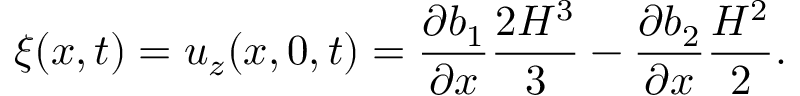
\xi ( x , t ) = u _ { z } ( x , 0 , t ) = \frac { \partial b _ { 1 } } { \partial x } \frac { 2 H ^ { 3 } } { 3 } - \frac { \partial b _ { 2 } } { \partial x } \frac { H ^ { 2 } } { 2 } .